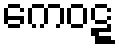
ကေဝဋ္ဋ